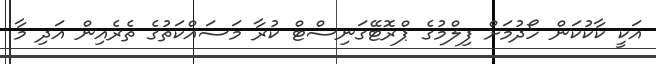
އަކީ ކާކުކަން ހޯދުމަށް ފިލްމުގެ ޕްރޮޓޭގަނިސްޓް ކުރާ މަސައްކަތުގެ ތެރެއިން އަދި މާ